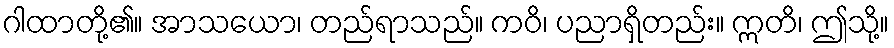
ဂါထာတို့၏။ အာသယော၊ တည်ရာသည်။ ကဝိ၊ ပညာရှိတည်း။ ဣတိ၊ ဤသို့။